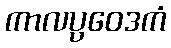
ကာလပ္ပဝေဒကံ